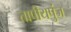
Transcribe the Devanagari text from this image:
तापीयपुंज